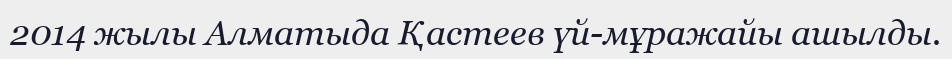
2014 жылы Алматыда Қастеев үй-мұражайы ашылды.